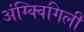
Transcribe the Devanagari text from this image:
अंग्क्विगिली